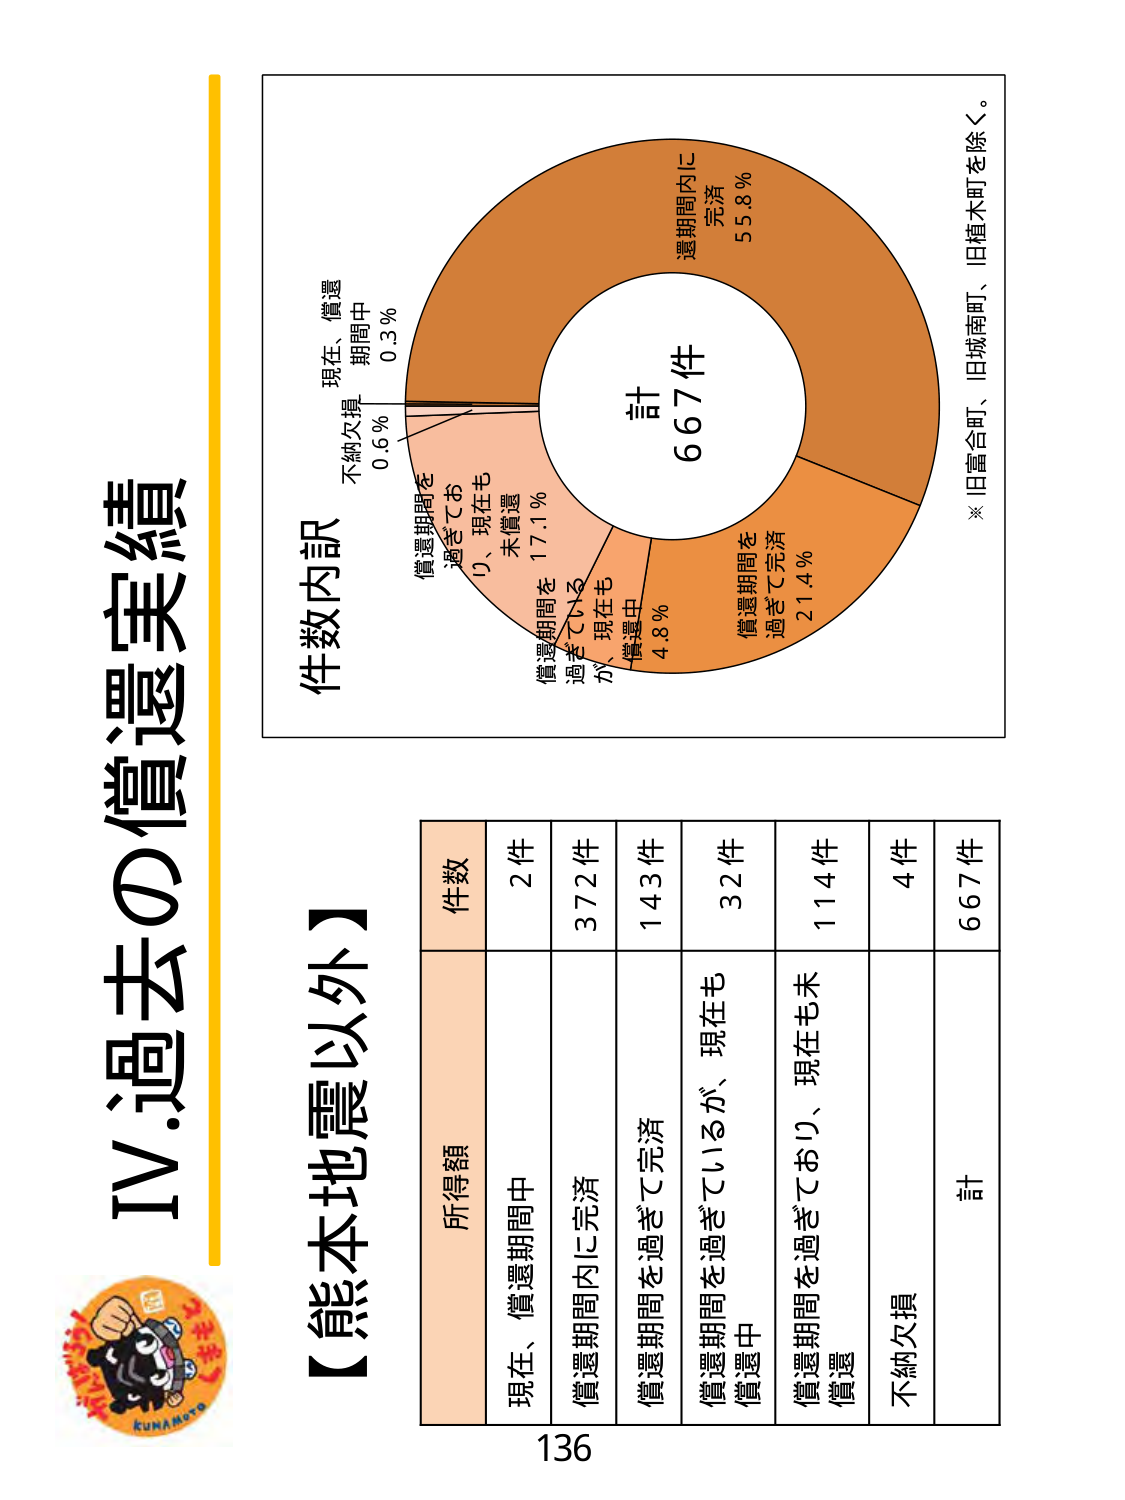
IV:過去の償還実績

【熊本地震以外】

件数内訳

現在、償還期間中 0.3％
不納欠損 0.6％
償還期間を過ぎており、現在も未償還 17.1％
償還期間を過ぎているが、現在も償還中 4.8％
償還期間内に完済 55.8％
償還期間を過ぎて完済 21.4％

計 667件

※旧富合町、旧城南町、旧植木町を除く。

所得額 件数
現在、償還期間中 2件
償還期間内に完済 372件
償還期間を過ぎて完済 143件
償還期間を過ぎているが、現在も償還中 32件
償還期間を過ぎており、現在も未償還 114件
不納欠損 4件
計 667件

136

KUMAMOTO